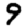
Digit: 9